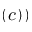
\left( c \right) )